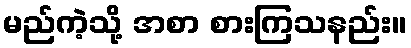
မည်ကဲ့သို့ အစာ စားကြသနည်း။